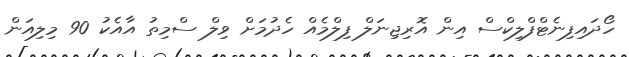
ހޯދައިފިނެޓްފްލިކްސް އިން އޮރިޖިނަލް ފިލްމެއް ހެދުމަށް ވިލް ސްމިތު އާއެކު 90 މިލިއަން